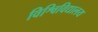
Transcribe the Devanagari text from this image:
विश्विविद्यालय